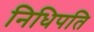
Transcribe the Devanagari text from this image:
निधिपति